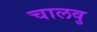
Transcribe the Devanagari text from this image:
चालवु